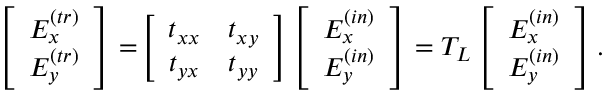
\begin{array} { r } { \left[ \begin{array} { c c } { E _ { x } ^ { ( t r ) } } \\ { E _ { y } ^ { ( t r ) } } \end{array} \right] = \! \left[ \begin{array} { c c } { t _ { x x } } & { t _ { x y } } \\ { t _ { y x } } & { t _ { y y } } \end{array} \right] \left[ \begin{array} { c c } { E _ { x } ^ { ( i n ) } } \\ { E _ { y } ^ { ( i n ) } } \end{array} \right] = T _ { L } \left[ \begin{array} { c c } { E _ { x } ^ { ( i n ) } } \\ { E _ { y } ^ { ( i n ) } } \end{array} \right] . } \end{array}